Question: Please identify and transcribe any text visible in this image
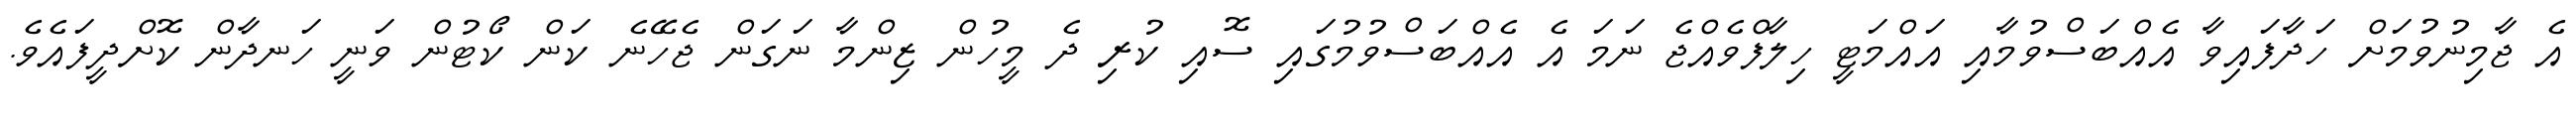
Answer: އެ ޖާމިނުވުމަށް ހަދާފައިވާ އެއްބަސްވުމާއި އައްމަޓީ ހިލާފްވެއްޖެ ނަމަ އެ އެއްބަސްވުމުގައި ސޮއި ކުރި ދެ މީހުން ޒިންމާ ނަގަން ޖެހޭނެ ކަން ކޯޓުން ވަނީ ހަނދާން ކޮށްދީފައެވެ.